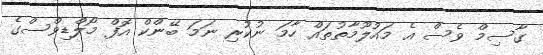
ގާސިމް ވެސް އެ މައުލޫމާތުތައް ހާމަ ނުކުރި ނަމަ ބޭންކް އޮފް މޯލްޑިވްސްގެ